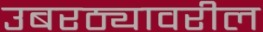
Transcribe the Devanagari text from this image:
उबरठ्यावरील